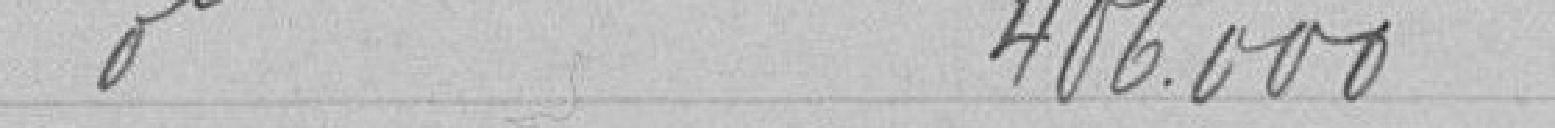
406.000